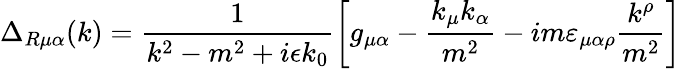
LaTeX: \Delta_{R\mu\alpha}(k)=\frac{1}{k^{2}-m^{2}+i\epsilon k_{0}}\left[g_{\mu\alpha}-\frac{k_{\mu}k_{\alpha}}{m^{2}}-im\varepsilon_{\mu\alpha\rho}\frac{k^{\rho}}{m^{2}}\right]